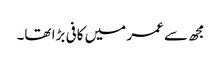
مجھ سے عمر میں کافی بڑا تھا۔